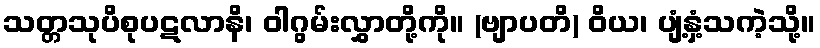
သတ္တသုပိစုပဋလာနိ၊ ဝါဂွမ်းလွှာတို့ကို။ (ဗျာပတိ) ဝိယ၊ ပျံ့နှံ့သကဲ့သို့။